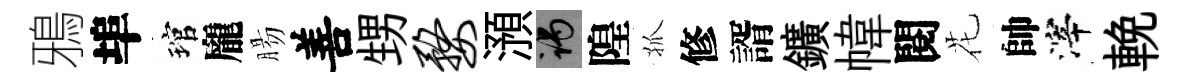
鴉埠琯龐腸善甥婺澦谒隍孤修諝鑛幃閱花帥滓輓